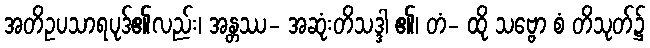
အတိဥပသာရပုဒ်၏လည်း၊ အန္တဿ- အဆုံးတိသဒ္ဒါ ၏၊ တံ- ထို သဗ္ဗော စံ တိသုတ်၌